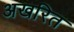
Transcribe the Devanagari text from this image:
अखरित